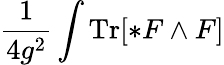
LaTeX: {\frac{1}{4g^{2}}}\int\operatorname{Tr}[*F\wedge F]